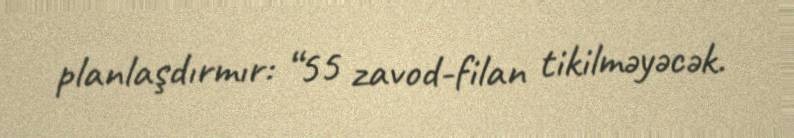
planlaşdırmır: “55 zavod-filan tikilməyəcək.